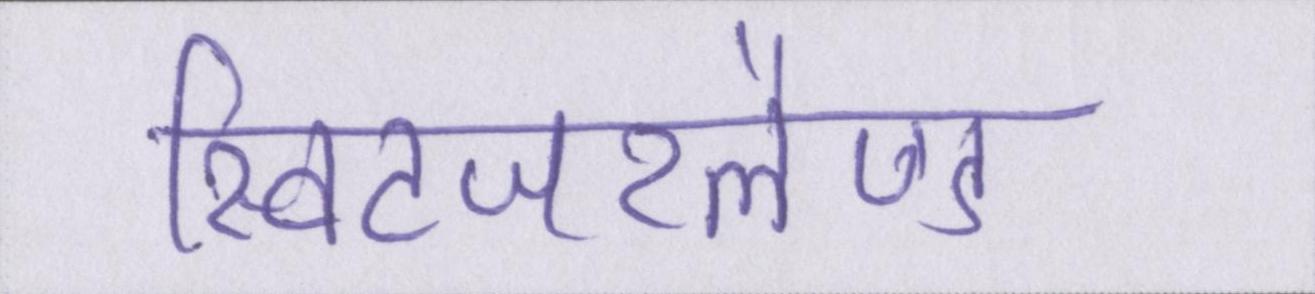
स्विटजरलैण्ड